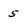
Character: 5